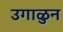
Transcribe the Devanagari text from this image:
उगाळुन